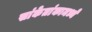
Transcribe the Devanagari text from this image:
सांकेतांकामध्ये